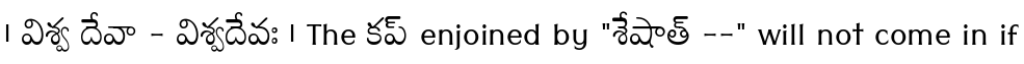
। విశ్వ దేవా - విశ్వదేవః । The కప్ enjoined by "శేషాత్ --" will not come in if